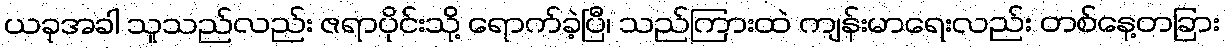
ယခုအခါ သူသည်လည်း ဇရာပိုင်းသို့ ရောက်ခဲ့ပြီ၊ သည်ကြားထဲ ကျန်းမာရေးလည်း တစ်နေ့တခြား